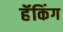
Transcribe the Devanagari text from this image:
हॅकिंग